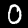
Digit: 0